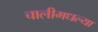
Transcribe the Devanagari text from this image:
चालीमधल्या